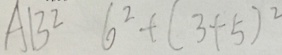
A B ^ { 2 } 6 ^ { 2 } + ( 3 + 5 ) ^ { 2 }